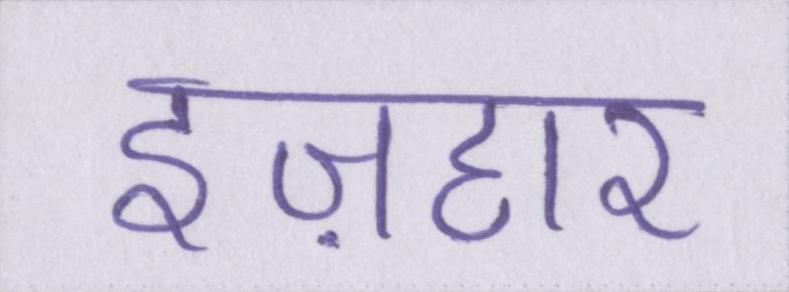
इज़हार